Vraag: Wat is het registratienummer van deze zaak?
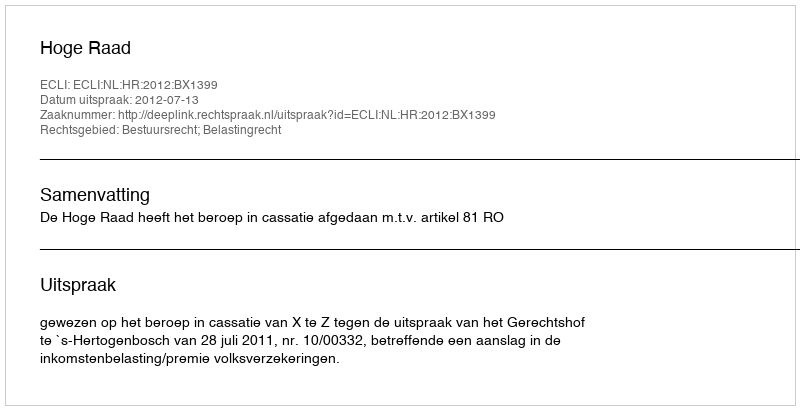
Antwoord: http://deeplink.rechtspraak.nl/uitspraak?id=ECLI:NL:HR:2012:BX1399